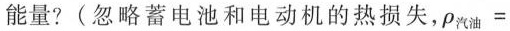
能量?(忽略蓄电池和电动机的热损失，$$ρ _ { 汽 油 } =